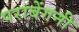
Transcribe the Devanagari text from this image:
पराबेंगनी